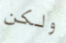
ولكن